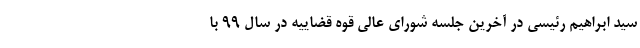
سید ابراهیم رئیسی در آخرین جلسه شورای عالی قوه قضاییه در سال ۹۹ با